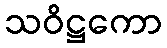
သဝိဋ္ဌကော